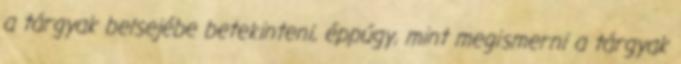
a tárgyak belsejébe betekinteni, éppúgy, mint megismerni a tárgyak